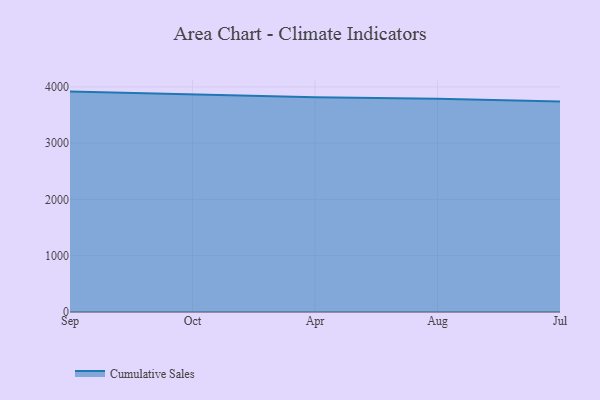
{"axis": {"x": "Month", "y": "Shipments"}, "legend": ["Cumulative Sales"], "data": [{"x": "Sep", "y": 3915.7, "type": "Cumulative Sales"}, {"x": "Oct", "y": 3864.4, "type": "Cumulative Sales"}, {"x": "Apr", "y": 3817.3, "type": "Cumulative Sales"}, {"x": "Aug", "y": 3788.7, "type": "Cumulative Sales"}, {"x": "Jul", "y": 3738.1, "type": "Cumulative Sales"}]}